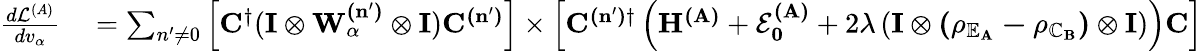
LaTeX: \begin{array}{rl}{\frac{d\mathcal{L}^{(A)}}{dv_{\alpha}}}&{{}=\sum_{n^{\prime}\ne 0}\left[\mathbf{C}^{\dagger}(\mathbf{I\otimes W_{\alpha}^{(n^{\prime})}\otimes I})\mathbf{C^{(n^{\prime})}}\right]\times\left[\mathbf{C^{(n^{\prime})\dagger}}\left(\mathbf{H^{(A)}}+\mathbf{\mathcal{E}_{0}^{(A)}}+2\lambda\left(\mathbf{I\otimes(\rho_{\mathbb{E}_{A}}-\rho_{\mathbb{C}_{B}})\otimes I}\right)\right)\mathbf{C}\right]}\end{array}